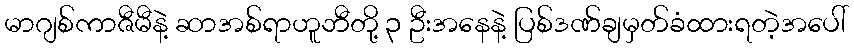
မာဂျစ်ကာဇီမီနဲ့ ဆာအစ်ရာဟူဘီတို့ ၃ ဦးအနေနဲ့ ပြစ်ဒဏ်ချမှတ်ခံထားရတဲ့အပေါ်